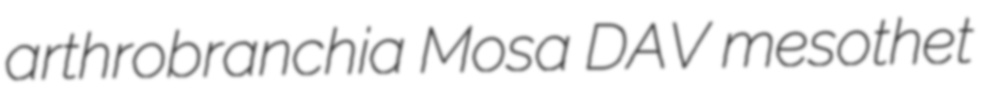
arthrobranchia Mosa DAV mesothet